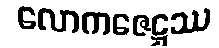
လောကဇေဋ္ဌဿ